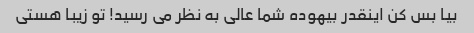
بیا بس کن اینقدر بیهوده شما عالی به نظر می رسید! تو زیبا هستی